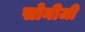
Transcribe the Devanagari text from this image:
सोनीजी